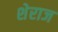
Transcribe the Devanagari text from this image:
शेराज